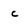
Character: c